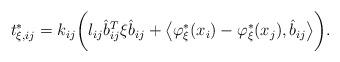
LaTeX: \begin{align*}t^*_{\xi, ij}&= k_{ij} \bigg(l_{ij} \hat{b}_{ij}^T \xi \hat{b}_{ij} + \big\langle \varphi^*_\xi(x_i) - \varphi^*_\xi(x_j), \hat{b}_{ij}\big\rangle\bigg).\end{align*}